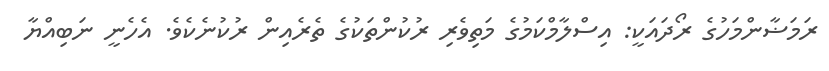
ރަމަޟާންމަހުގެ ރޯދައަކީ: އިސްލާމްކަމުގެ މަތިވެރި ރުކުންތަކުގެ ތެރެއިން ރުކުނެކެވެ. އެހެނީ ނަބިއްޔާ